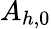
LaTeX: A_{h,0}